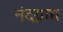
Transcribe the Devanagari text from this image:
नंदग्राम